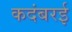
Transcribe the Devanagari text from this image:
कदंबरई